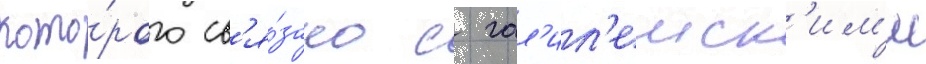
кото́рого св'я́зано с гал'ил'еиск'им'и